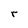
Character: r